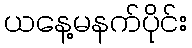
ယနေ့မနက်ပိုင်း